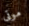
موتى